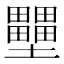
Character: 壨